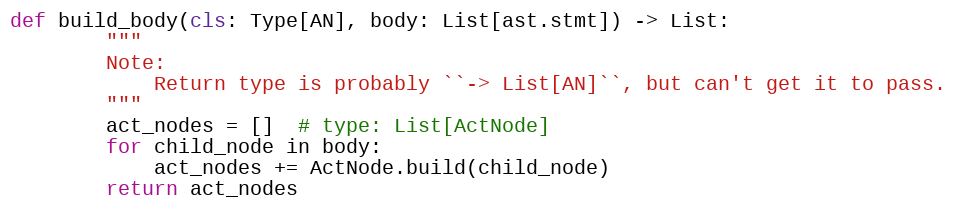
Language: Python
def build_body(cls: Type[AN], body: List[ast.stmt]) -> List:
        """
        Note:
            Return type is probably ``-> List[AN]``, but can't get it to pass.
        """
        act_nodes = []  # type: List[ActNode]
        for child_node in body:
            act_nodes += ActNode.build(child_node)
        return act_nodes